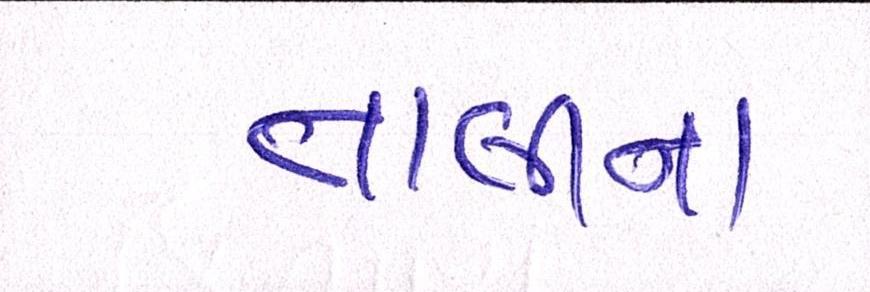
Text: તાલીના